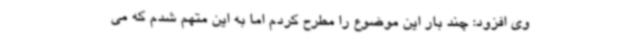
وی افزود: چند بار این موضوع را مطرح کردم اما به این متهم شدم که می